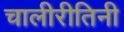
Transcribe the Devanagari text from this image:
चालीरीतिनी